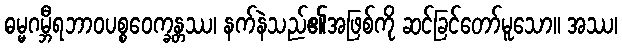
ဓမ္မဂမ္ဘီရဘာဝပစ္စဝေက္ခန္တဿ၊ နက်နဲသည်၏အဖြစ်ကို ဆင်ခြင်တော်မူသော။ အဿ၊